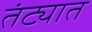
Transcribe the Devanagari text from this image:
तंट्यात